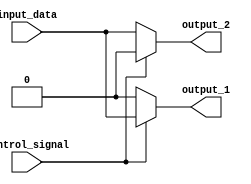
module demux(input input_data, input control_signal, output output_1, output output_2);

    assign output_1 = (control_signal == 1) ? input_data : 1'b0;
    assign output_2 = (control_signal == 0) ? input_data : 1'b0;

endmodule